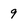
Character: 9